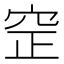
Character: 䆙